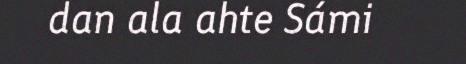
dan ala ahte Sámi